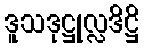
ဒူသဒုဋ္ဌုလ္လဒိဋ္ဌိ